Report of the Indian Hemp Drugs Commission, 1894-1895 - Volume IV
Year: 1894
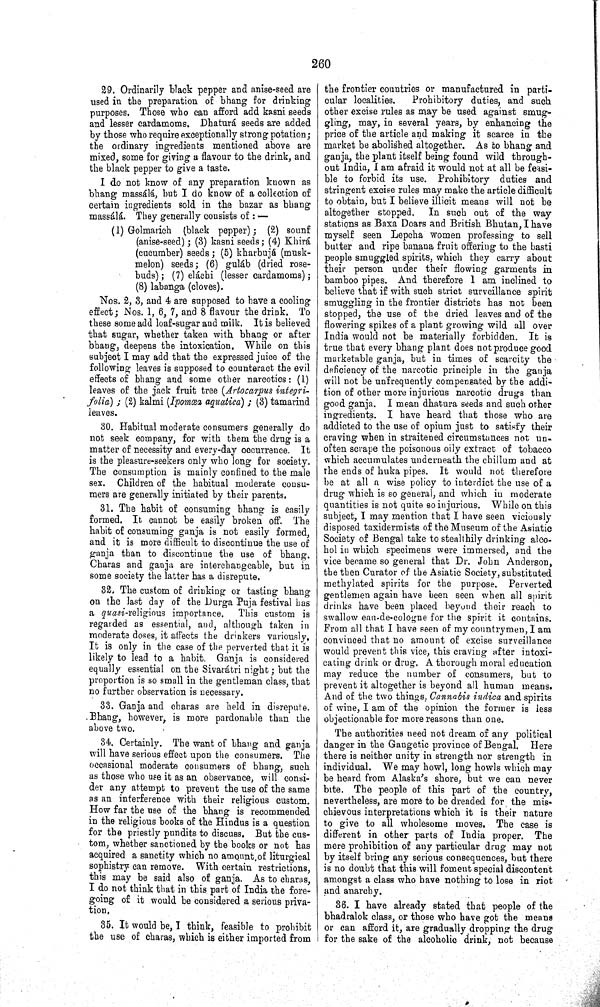
260
29. Ordinarily black pepper and anise-seed are
used in the preparation of bhang for drinking
purposes. Those who can afford add kasni seeds
and lesser cardamoms. Dhaturá seeds are added
by those who require exceptionally strong potation;
the ordinary ingredients mentioned above are
mixed, some for giving a flavour to the drink, and
the black pepper to give a taste.
I do not know of any preparation known as
bhang massálá, but I do know of a collection of
certain ingredients sold in the bazar as bhang
massálá. They generally consists of:—
(1) Golmarich (black pepper); (2) sounf
(anise-seed); (3) kasni seeds; (4) Khirá
(cucumber) seeds; (5) kharbujá (musk-
melon) seeds; (6) guláb (dried rose-
buds); (7) eláchi (lesser cardamoms);
(8) labanga (cloves).
Nos. 2, 3, and 4 are supposed to have a cooling
effect; Nos. 1, 6, 7, and 8 flavour the drink. To
these some add loaf-sugar and milk. It is believed
that sugar, whether taken with bhang or after
bhang, deepens the intoxication. While on this
subject I may add that the expressed juice of the
following leaves is supposed to counteract the evil
effects of bhang and some other narcotics: (1)
leaves of the jack fruit tree (Artocarpus integri-
folia);
(2) kalmi (Ipomœa aquatica); (3) tamarind
leaves.
30. Habitual moderate consumers generally do
not seek company, for with them the drug is a
matter of necessity and every-day occurrence.
It
is the pleasure-seekers only who long for society.
The consumption is mainly confined to the male
sex. Children of the habitual moderate consu-
mers are generally initiated by their parents.
31. The habit of consuming bhang is easily
formed. It cannot be easily broken off. The
habit of consuming ganja is not easily formed,
and it is more difficult to discontinue the use of
ganja than to discontinue the use of bhang.
Charas and ganja are interchangeable, but in
some society the latter has a disrepute.
32. The custom of drinking or tasting bhang
on the last day of the Durga Puja festival has
a quasi-religious importance.
This custom is
regarded as essential, and, although taken in
moderate doses, it affects the drinkers variously.
It is only in the case of the perverted that it is
likely to lead to a habit. Ganja is considered
equally essential on the Sivarátri night; but the
proportion is so small in the gentleman class, that
no further observation is necessary.
33. Ganja and charas are held in disrepute.
Bhang, however, is more pardonable than the
above two.
34. Certainly. The want of bhang and ganja
will have serious effect upon the consumers. The
occasional moderate consumers of bhang, such
as those who use it as an observance, will consi-
der any attempt to prevent the use of the same
as an interference with their religious custom.
How far the use of the bhang is recommended
in the religious books of the Hindus is a question
for the priestly pundits to discuss. But the cus-
tom, whether sanctioned by the books or not has
acquired a sanctity which no amount of liturgical
sophistry can remove. With certain restrictions,
this may be said also of ganja. As to charas,
I do not think that in this part of India the fore-
going of it would be considered a serious priva-
tion.
35. It would be, I think, feasible to prohibit
the use of charas, which is either imported from
the frontier countries or manufactured in parti-
cular localities.
Prohibitory duties, and such
other excise rules as may be used against smug-
gling, may, in several years, by enhancing the
price of the article and making it scarce in the
market be abolished altogether. As to bhang and
ganja, the plant itself being found wild through-
out India, I am afraid it would not at all be feasi-
ble to forbid its use. Prohibitory duties and
stringent excise rules may make the article difficult
to obtain, but I believe illicit means will not be
altogether stopped.
In such out of the way
stations as Baxa Doars and British Bhutan, I have
myself seen Lepcha women professing to sell
butter and ripe banana fruit offering to the basti
people smuggled spirits, which they carry about
their person under their flowing garments in
bamboo pipes. And therefore I am inclined to
believe that if with such strict surveillance spirit
smuggling in the frontier districts has not been
stopped, the use of the dried leaves and of the
flowering spikes of a plant growing wild all over
India would not be materially forbidden. It is
true that every bhang plant does not produce good
marketable ganja, but in times of scarcity the
deficiency of the narcotic principle in the ganja
will not be unfrequently compensated by the addi-
tion of other more injurious narcotic drugs than
good ganja. I mean dhatura seeds and such other
ingredients. I have heard that those who are
addicted to the use of opium just to satisfy their
craving when in straitened circumstances not un-
often scrape the poisonous oily extract of tobacco
which accumulates underneath the chillum and at
the ends of huka pipes. It would not therefore
be at all a wise policy to interdict the use of a
drug which is so general, and which in moderate
quantities is not quite so injurious. While on this
subject, I may mention that I have seen viciously
disposed taxidermists of the Museum of the Asiatic
Society of Bengal take to stealthily drinking alco-
hol in which specimens were immersed, and the
vice became so general that Dr. John Anderson,
the then Curator of the Asiatic Society, substituted
methylated spirits for the purpose. Perverted
gentlemen again have been seen when all spirit
drinks have been placed beyond their reach to
swallow eau-de-cologne for the spirit it contains.
From all that I have seen of my countrymen, I am
convinced that no amount of excise surveillance
would prevent this vice, this craving after intoxi-
cating drink or drug. A thorough moral education
may reduce the number of consumers, but to
prevent it altogether is beyond all human means.
And of the two things, Cannabis indica and spirits
of wine, I am of the opinion the former is less
objectionable for more reasons than one.
The authorities need not dream of any political
danger in the Gangetic province of Bengal.
Here
there is neither unity in strength nor strength in
individual. We may howl, long howls which may
be heard from Alaska's shore, but we can never
bite. The people of this part of the country,
nevertheless, are more to be dreaded for the mis-
chievous interpretations which it is their nature
to give to all wholesome moves. The case is
different in other parts of India proper.
The
mere prohibition of any particular drug may not
by itself bring any serious consequences, but there
is no doubt that this will foment special discontent
amongst a class who have nothing to lose in riot
and anarchy.
36. I have already stated that people of the
bhadralok class, or those who have got the means
or can afford it, are gradually dropping the drug
for the sake of the alcoholic drink, not because